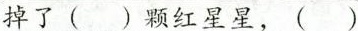
掉了 ( ) 颗红星星（）